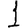
Digit: 1